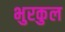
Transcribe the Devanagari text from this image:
भुरकुल